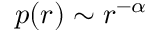
p ( r ) \sim r ^ { - \alpha }